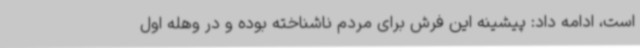
است، ادامه داد: پیشینه این فرش برای مردم ناشناخته بوده و در وهله اول